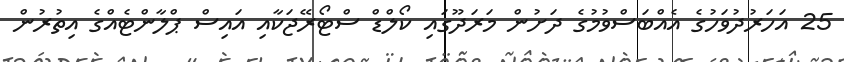
25 އަހަރުދުވަހުގެ އެއްބަސްވުމުގެ ދަށުން މަރަދޫގައި ކޯލްޑް ސްޓޯރޭޖަކާއި އައިސް ޕްލާންޓެއްގެ އިތުރުން